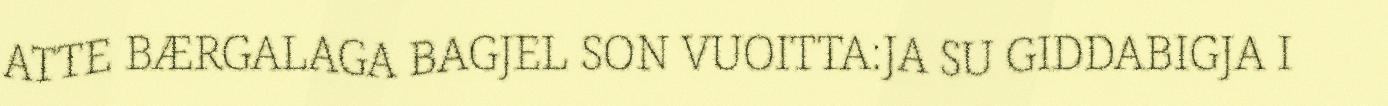
ATTE BÆRGALAGA BAGJEL SON VUOITTA:JA SU GIDDABIGJA I